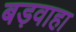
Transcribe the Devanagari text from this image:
बड़वाहा